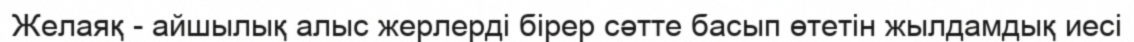
Желаяқ - айшылық алыс жерлерді бірер сәтте басып өтетін жылдамдық иесі